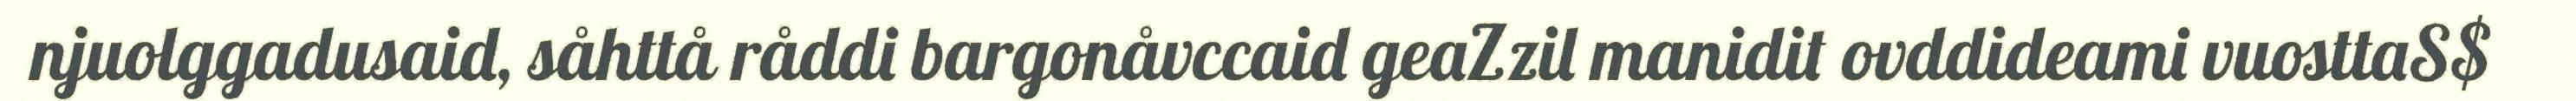
njuolggadusaid, såhttå råddi bargonåvccaid geaZzil manidit ovddideami vuosttaS$